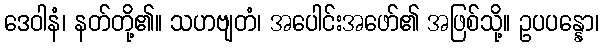
ဒေဝါနံ၊ နတ်တို့၏။ သဟဗျတံ၊ အပေါင်းအဖော်၏ အဖြစ်သို့။ ဥပပန္နော၊